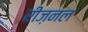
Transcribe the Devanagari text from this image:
रीज़नल